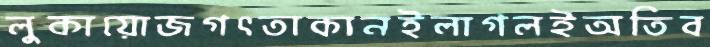
লুকায়োজগৎতাকানইলাগলইঅতিব